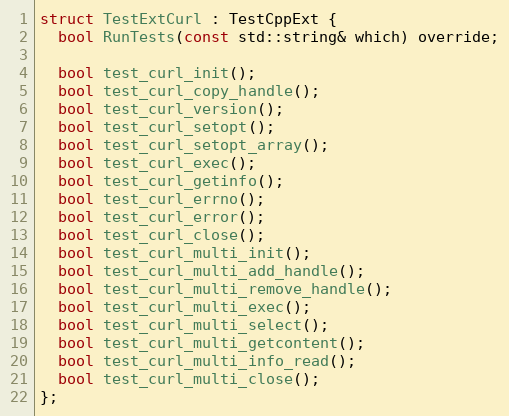
Language: C
struct TestExtCurl : TestCppExt {
  bool RunTests(const std::string& which) override;

  bool test_curl_init();
  bool test_curl_copy_handle();
  bool test_curl_version();
  bool test_curl_setopt();
  bool test_curl_setopt_array();
  bool test_curl_exec();
  bool test_curl_getinfo();
  bool test_curl_errno();
  bool test_curl_error();
  bool test_curl_close();
  bool test_curl_multi_init();
  bool test_curl_multi_add_handle();
  bool test_curl_multi_remove_handle();
  bool test_curl_multi_exec();
  bool test_curl_multi_select();
  bool test_curl_multi_getcontent();
  bool test_curl_multi_info_read();
  bool test_curl_multi_close();
};